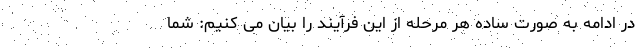
در ادامه به صورت ساده هر مرحله از این فرآیند را بیان می کنیم: شما